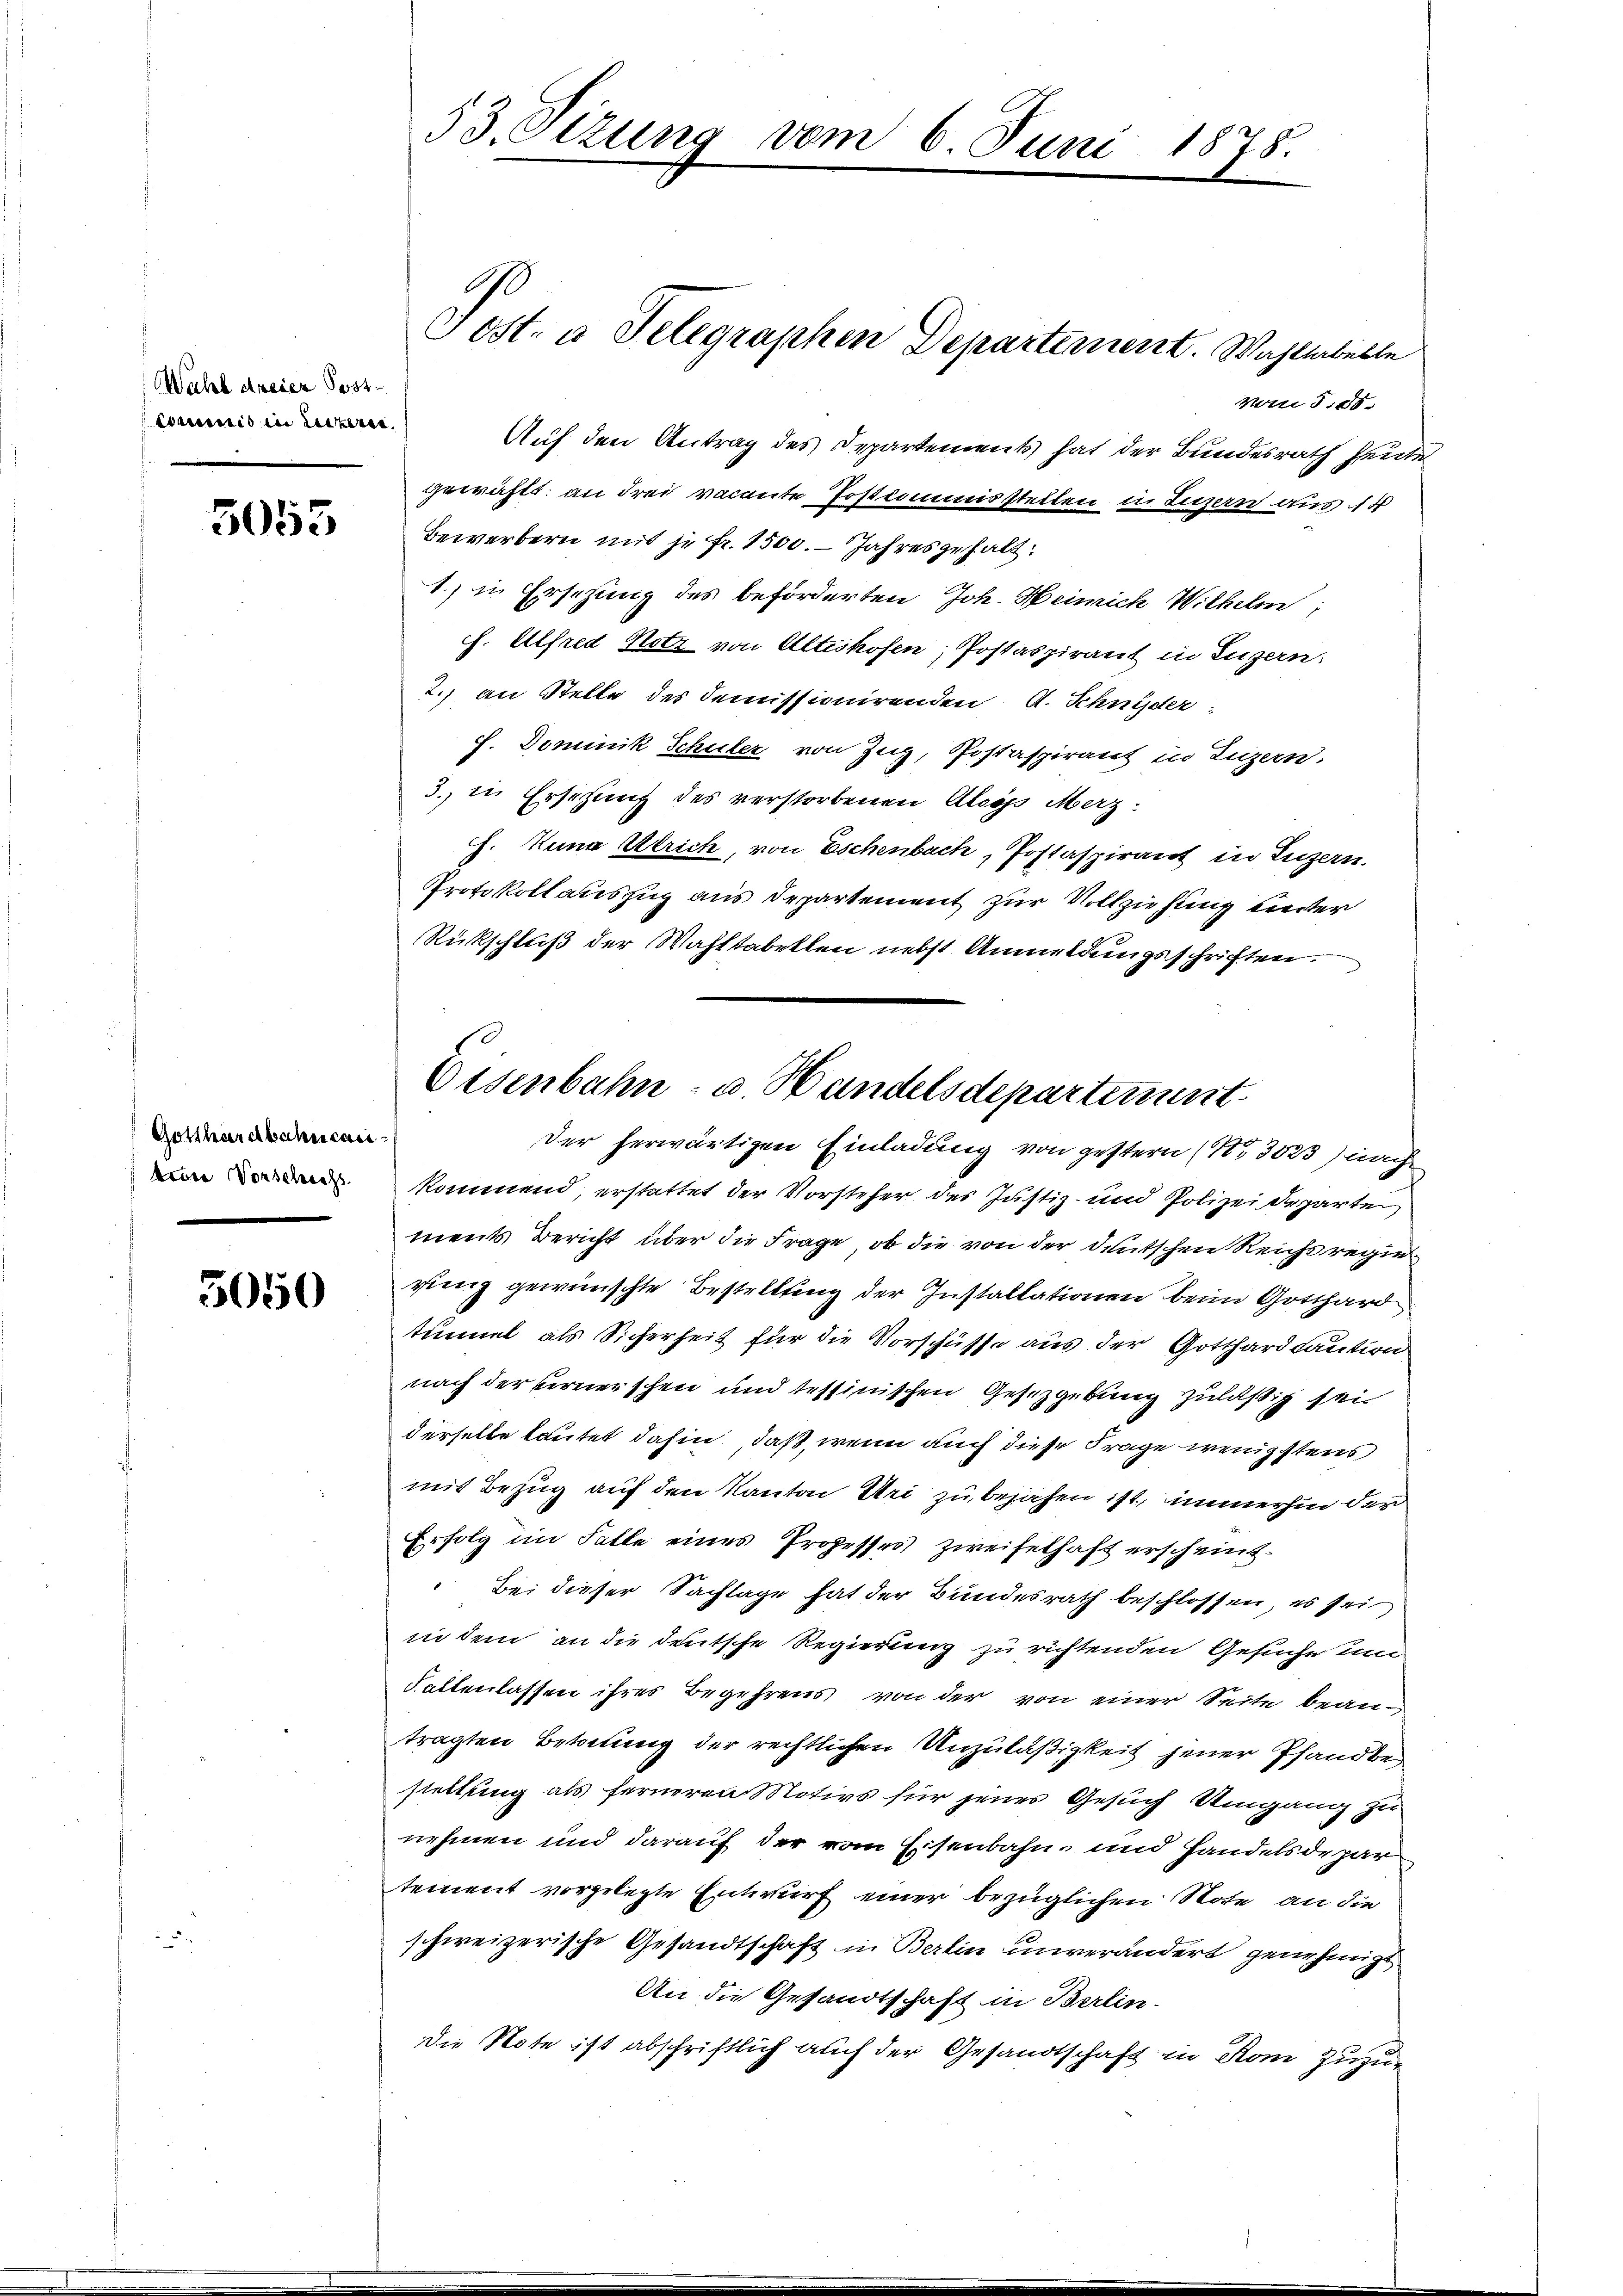
Wahl dreier Post
Commis in Luzern.

5053

Gotthardbahncai
tion Vorschich

3050

53. Sitzung vom 6. Juni 1878.

Mtti des
Auf den Antrag des Departements hat der Bundesrath heute
gewählt, an drei vacante Jostiommisstellen in Luzern aus 14
Bewerbern mit je fr. 1500. Jahres gehalt
1.) in Ersehung des beförderten Joh. Heimich Wilhelm,
ch. Alfred Hotz von Altishofen, Postaspirant in Luzern.
2.) an Stelle des Demissionirenden A. Schnyder:
f. Dominik Schuler von Zug, Postaspirant in Luzern.
3. in Erschung des verstorbenen Aleyss Merz¬
J. Anna Ulrich, von Eschenbach, Postaspirant in Luzern.
Protokoll auszug aus Departement zur Vollziehung unter
Rückschluß der Wahltabellen nebst Anmeldungsschriften.
kommend erstattet der Vorsteher des Justiz- und Polizei Reparten
ments Bericht über die Frage, ob die von der deutschen Reichs regierung gewünschte Bestellung der Installationen beim Gotthard
tinet als Sicherheit für die Vorschüsse aus der Gotthardcaution
nach der ernerschen und tessinischen Gesetzgebung zuläßig sein
derselbe lautet dahin, daß, wenn auch diese Frage wenigstens
mit Bezug auf den Kanton Uri zu bejahen ist, immerhin der
Erfolg im Falle eines Prozesser Zweifelhaft erscheint.
Bei dieser Sachlage hat der Bundesrath beschlossen, es sei
in dem an die deutsche Regierung zu richtenden Gesuche um
Fallenlassen ihres Begehrens von der von einer Seite beantragten Betretung der rechtlichen Unzuläßigkeit jener Pfandbestellung als ferneren Motivs für jenes Gesuch Umgang zu
nehmen und darauf der vom Eisenbahn- und Handelsdepar
tement vorgelegte Entwurf einer bezüglichen Note an die
schweizerische Gesandtschaft in Berlin unverändert genehmigt
An die Gesandtschaft in Berlin-
Die Note ist abschriftlich auch der Gesandtschaft in Rom zuzur

Post. a Telegraphen Departement. Wahllabelle

Eisenbahn- u. Handelsdepartement
Der herwärtigen Einladung von gestern (13023) nach